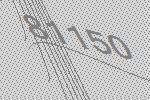
81150